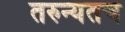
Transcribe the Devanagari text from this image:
तरुन्यतच